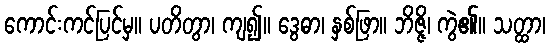
ကောင်းကင်ပြင်မှ။ ပတိတွာ၊ ကျ၍။ ဒွေဓာ၊ နှစ်ဖြာ။ ဘိဇ္ဇိ၊ ကွဲ၏။ သတ္ထာ၊